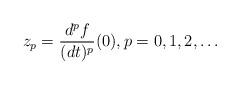
LaTeX: \begin{align*} z_p =\frac{d^pf}{(dt)^p}(0),p=0,1,2,\dots\end{align*}